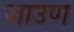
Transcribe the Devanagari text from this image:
जाउण